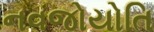
નવજોયોતિ